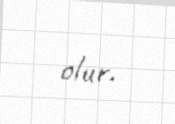
olur.